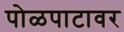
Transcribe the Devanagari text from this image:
पोळपाटावर